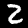
Digit: 2